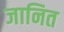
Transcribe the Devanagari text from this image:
जानित